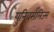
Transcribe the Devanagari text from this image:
युनिवर्सलिज्म